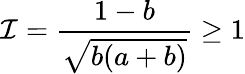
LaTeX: \mathcal{I}=\frac{1-b}{\sqrt{b(a+b)}}\geq 1